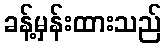
ခန့်မှန်းထားသည်